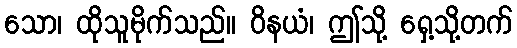
သော၊ ထိုသူမိုက်သည်။ ဝိနယံ၊ ဤသို့ ရှေ့သို့တက်